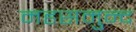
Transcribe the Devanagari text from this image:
महसमुन्द